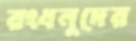
রংধনুদের